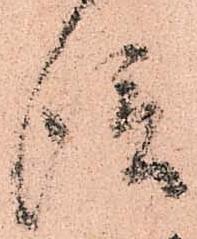
信